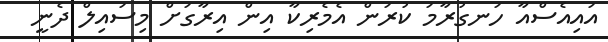
އައިއެސްއާ ހަނގުރާމަ ކުރަން އެމެރިކާ އިން އިރާގަށް މިސައިލް ދެނީ